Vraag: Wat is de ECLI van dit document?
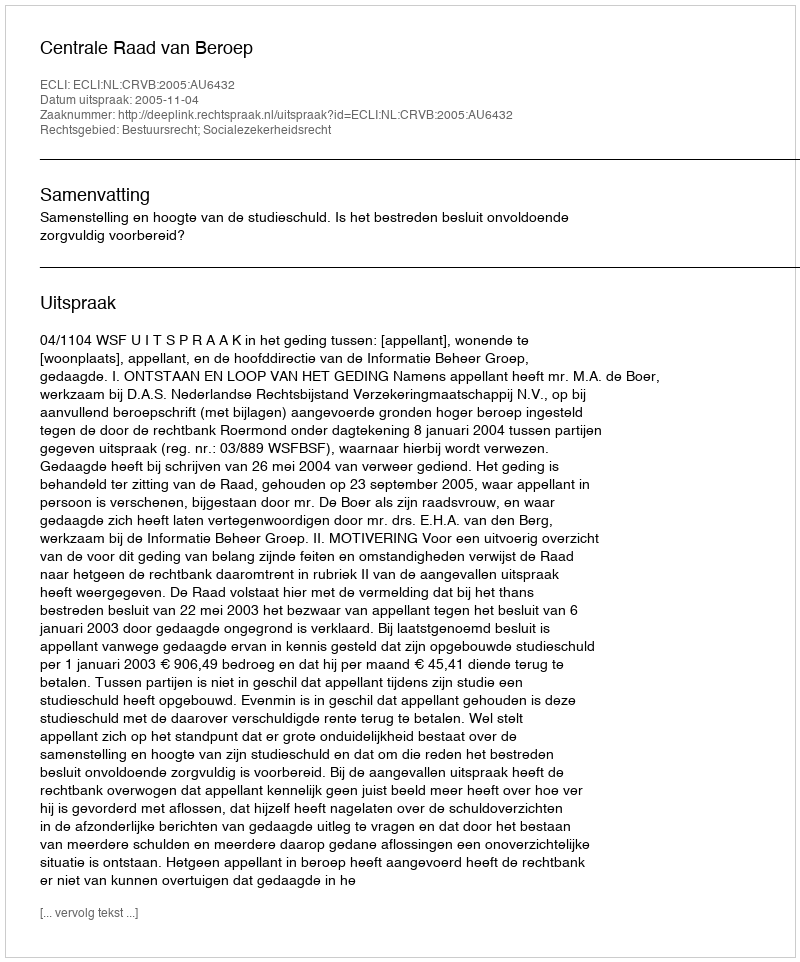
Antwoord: ECLI:NL:CRVB:2005:AU6432